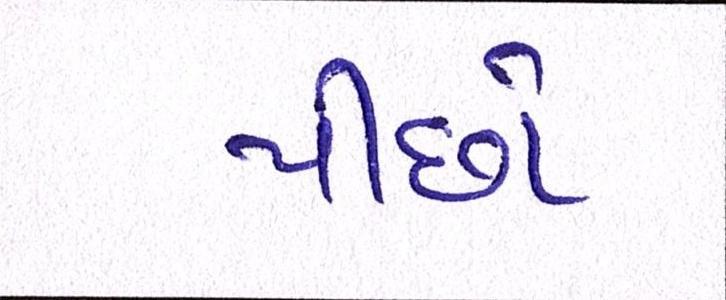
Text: પીછો